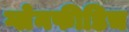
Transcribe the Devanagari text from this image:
ग्लेनफीडिच